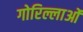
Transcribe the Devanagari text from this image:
गोरिल्लाओं